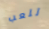
تلعب